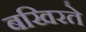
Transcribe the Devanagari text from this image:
बखिरते